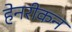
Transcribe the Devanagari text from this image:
हेनरीकन